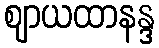
ဈာယထာနန္ဒ